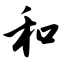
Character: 和